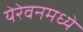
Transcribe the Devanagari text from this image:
येरेवनमध्ये